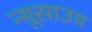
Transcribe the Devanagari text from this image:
न्यूसाउथ